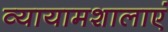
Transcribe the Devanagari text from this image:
व्यायामशालाएं